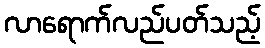
လာရောက်လည်ပတ်သည့်